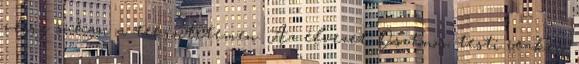
végig suhan a tekintetemen. Az élvezet. Ösztönös, testi reakció